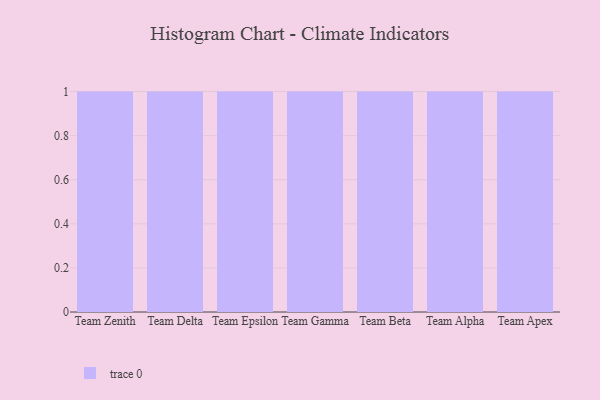
{"axis": {"x": "Team", "y": "Satisfaction Score"}, "legend": [""], "data": [{"x": "Team Zenith", "y": 53, "type": ""}, {"x": "Team Delta", "y": 31, "type": ""}, {"x": "Team Epsilon", "y": 93, "type": ""}, {"x": "Team Gamma", "y": 50, "type": ""}, {"x": "Team Beta", "y": 81, "type": ""}, {"x": "Team Alpha", "y": 5, "type": ""}, {"x": "Team Apex", "y": 65, "type": ""}]}